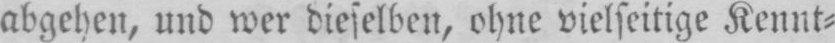
abgehen, und wer dieselben, ohne vielseitige Kennt⸗